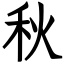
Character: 秋